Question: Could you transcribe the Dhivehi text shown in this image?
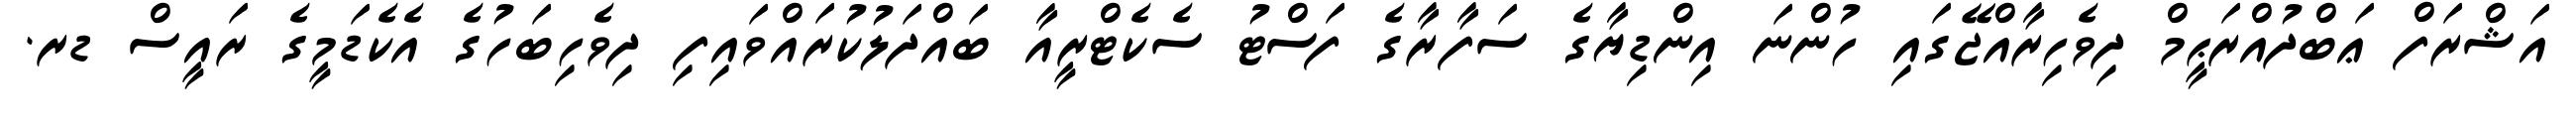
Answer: އަޝްރަފް ޢަބްދުއްރަޙީމް ދިވެހިރާއްޖޭގައި ހުންނަ އިންޑިޔާގެ ސަފާރާގެ ފަސްޓު ސެކެޓްރީއާ ބައްދަލުކުރައްވައިފި ދިވެހިބަހުގެ އެކެޑަމީގެ ރައީސް ޑރ.